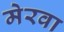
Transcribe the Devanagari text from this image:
मेरवा